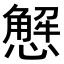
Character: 𢢣